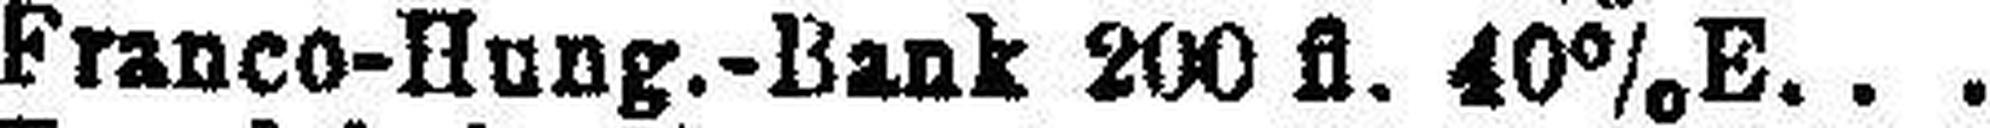
Franco-Hung.-Bank 200 fl. 40% E.